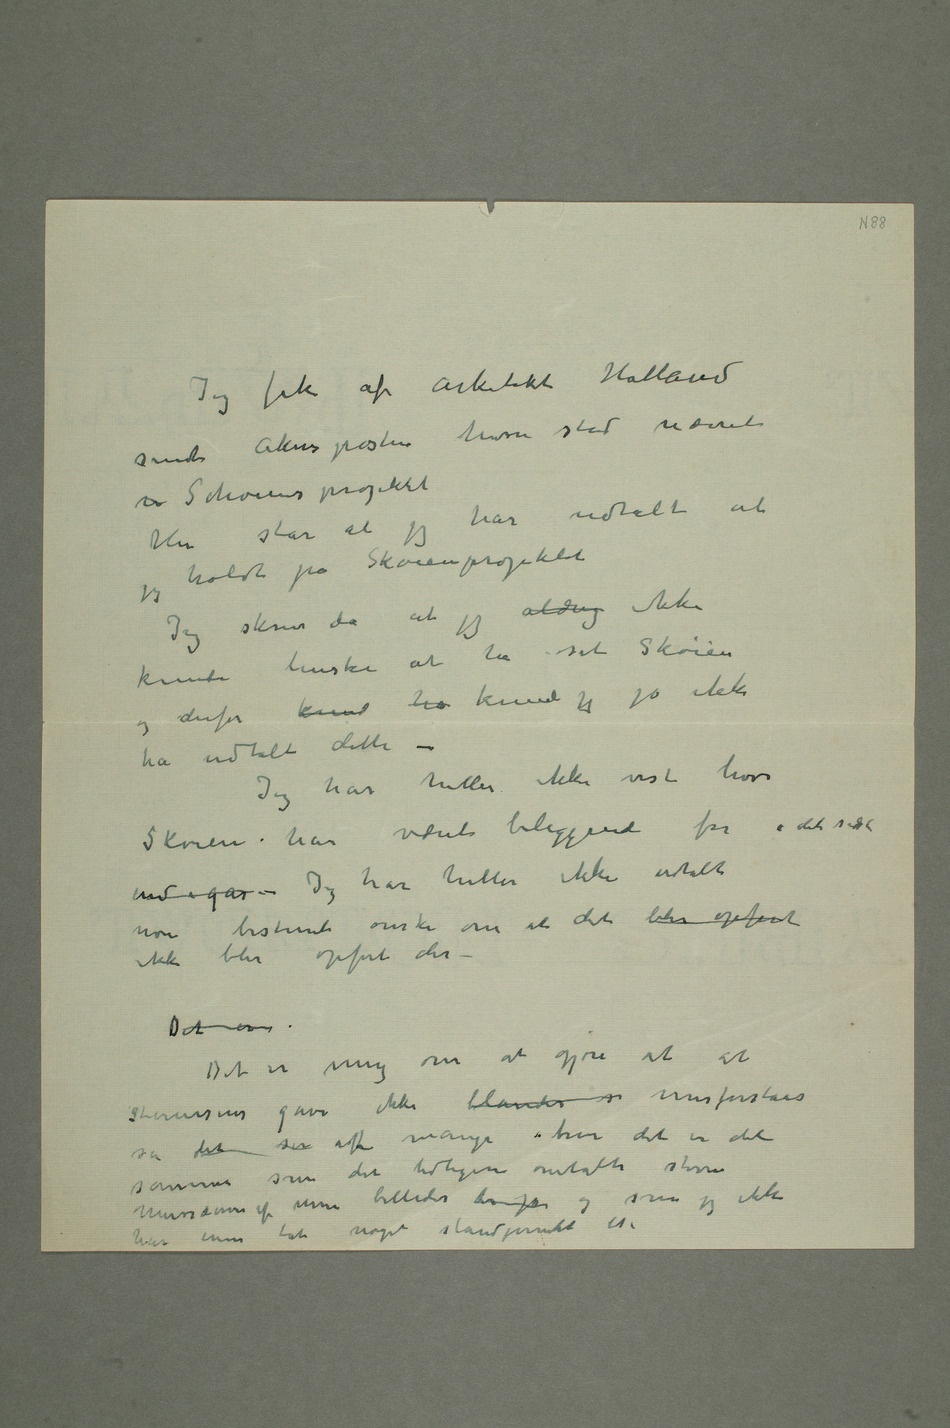
Jeg fik af arkitekt Holland
sendt Akersposten hvori stod nævnt
har udtalt at jeg
holdt på Skøienprojektet
Jeg skrev da at jeg aldrig ikke
kunde huske at ha
og derfor kund ha kunde jeg jo ikke
ha udtalt dette –
Jeg har heller ikke vist hvor
Skøien har været beliggende før i det
sidste end
– Jeg har heller ikke udtalt
noe bestemt ønske om at det blir opført
ikke blir opført der
– Det er
Det er mig om at gjøre at at
Stenersens gave ikke blandes  misforståes
som det ser ofte mange tror det er det
samme som det tidligere omtalte større